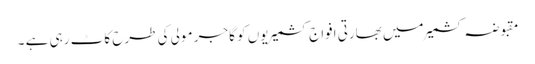
مقبوضہ کشمیر میں بھارتی افواج کشمیریوں کو گاجر مولی کی طرح کاٹ رہی ہے ۔